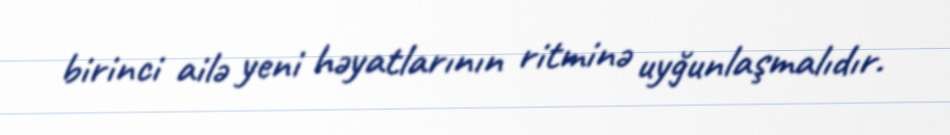
birinci ailə yeni həyatlarının ritminə uyğunlaşmalıdır.